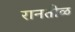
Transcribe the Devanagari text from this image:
रानतीळ